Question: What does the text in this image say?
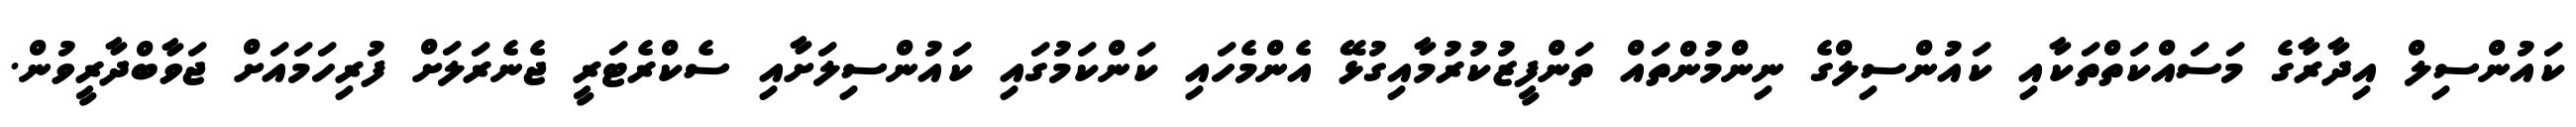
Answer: ކައުންސިލް އިދާރާގެ މަސައްކަތްތަކާއި ކައުންސިލްގެ ނިންމުންތައް ތަންފީޒުކުރުމާއިގުޅޭ އެންމެހައި ކަންކަމުގައި ކައުންސިލަށާއި ސެކްރެޓަރީ ޖެނެރަލަށް ފުރިހަމައަށް ޖަވާބްދާރީވުން.